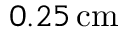
0 . 2 5 \, \mathrm { c m }